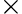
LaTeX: \times